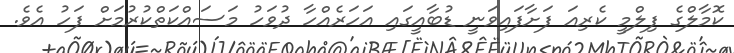
ކޮމާލްގެ ފިލްމީ ކެރިއަ ފަށާފައިވަނީ ޑުބާއީގައި އަހަރެއްހާ ދުވަހު މަސައްކަތްކުރުމަށް ފަހު އެވެ.